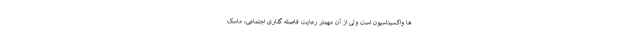
ها واکسیناسیون است ولی از آن مهمتر رعایت فاصله گذاری اجتماعی، ماسک